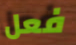
فعل